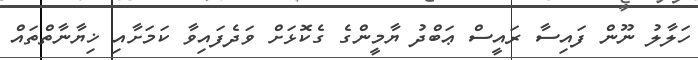
ހަލާލު ނޫން ފައިސާ ރައީސް ޢަބްދު ޔާމީންގެ ގެކޮޅަށް ވަދެފައިވާ ކަމަށާއި ޚިޔާނާތްތައް